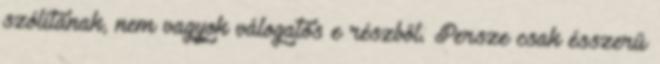
szólítanak, nem vagyok válogatós e részből. Persze csak ésszerű